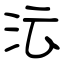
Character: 沄